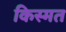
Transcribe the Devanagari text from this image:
किस्‍मत